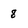
Character: 8